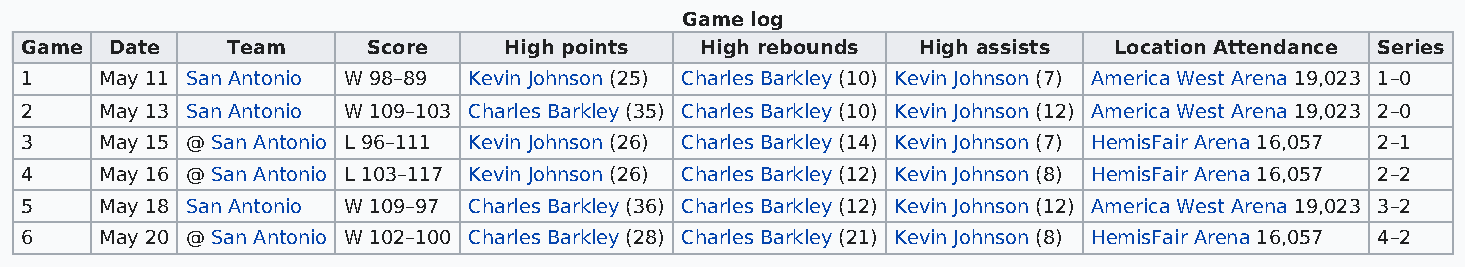
Game log
 Game  Date    Team     Score    High points  High rebounds  High assists Location Attendance Series
 1     May 11 San Antonio W 98–89 Kevin Johnson (25) Charles Barkley (10) Kevin Johnson (7) America West Arena 19,023 1–0
 2     May 13 San Antonio W 109–103 Charles Barkley (35) Charles Barkley (10) Kevin Johnson (12) America West Arena 19,023 2–0
 3     May 15 @ San Antonio L 96–111 Kevin Johnson (26) Charles Barkley (14) Kevin Johnson (7) HemisFair Arena 16,057 2–1
 4     May 16 @ San Antonio L 103–117 Kevin Johnson (26) Charles Barkley (12) Kevin Johnson (8) HemisFair Arena 16,057 2–2
 5     May 18 San Antonio W 109–97 Charles Barkley (36) Charles Barkley (12) Kevin Johnson (12) America West Arena 19,023 3–2
 6     May 20 @ San Antonio W 102–100 Charles Barkley (28) Charles Barkley (21) Kevin Johnson (8) HemisFair Arena 16,057 4–2